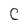
Character: C